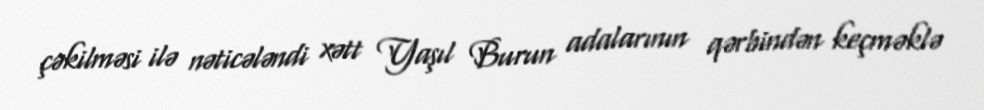
çəkilməsi ilə nəticələndi xətt Yaşıl Burun adalarının qərbindən keçməklə